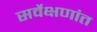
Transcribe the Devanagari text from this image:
सर्वेक्षणांत